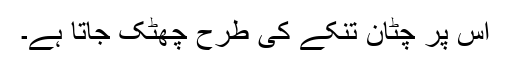
اس پر چٹان تنکے کی طرح چھٹک جاتا ہے۔